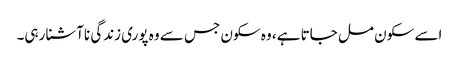
اسے سکون مل جاتا ہے، وہ سکون جس سے وہ پوری زندگی ناآشنا رہی۔